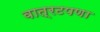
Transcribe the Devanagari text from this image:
वात्रटपणा